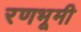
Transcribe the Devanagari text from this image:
रणभूमी